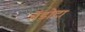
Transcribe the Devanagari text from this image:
मेंडोटा